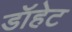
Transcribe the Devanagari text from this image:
डॉहेट